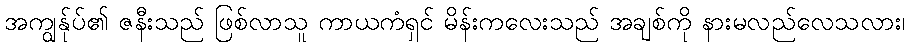
အကျွန်ုပ်၏ ဇနီးသည် ဖြစ်လာသူ ကာယကံရှင် မိန်းကလေးသည် အချစ်ကို နားမလည်လေသလား၊